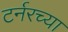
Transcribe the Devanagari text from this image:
टर्नरच्या